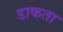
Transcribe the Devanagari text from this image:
डाकता